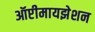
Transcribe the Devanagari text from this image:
ऑप्टीमायझेशन